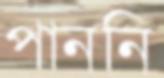
পাননি